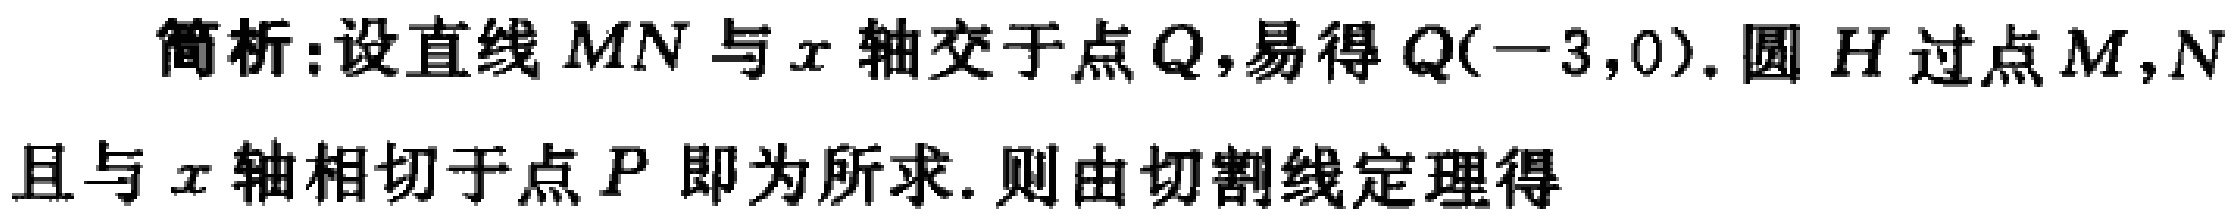
简析:设直线$MN$与$x$轴交于点$Q$,易得$Q(-3,0)$. 圆$H$过点$M,N$且与$x$轴相切于点$P$即为所求. 则由切割线定理得